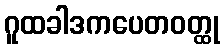
ဂူထခါဒကပေတဝတ္ထု